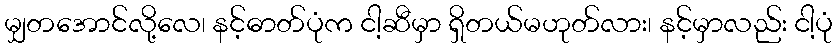
မျှတအောင်လို့လေ၊ နင့်ဓာတ်ပုံက ငါ့ဆီမှာ ရှိတယ်မဟုတ်လား၊ နင့်မှာလည်း ငါ့ပုံ